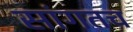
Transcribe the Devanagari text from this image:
सांगतच